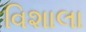
વિશાલા